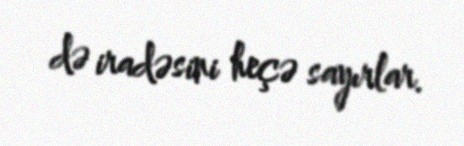
də iradəsini heçə sayırlar.